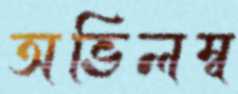
অভিলম্ব